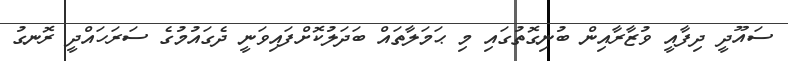
ސައޫދީ ދިފާއީ ވުޒާރާއިން ބުނިގޮތުގައި މި ޙަމަލާތައް ބަދަލުކޮށްފައިވަނީ ދެގައުމުގެ ސަރަހައްދީ ރޮނގު